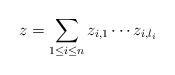
LaTeX: \begin{align*}z= \sum_{1\leq i \leq n} z_{i,1} \cdots z_{i,l_i} \end{align*}